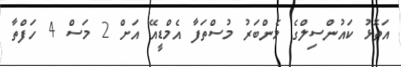
އަތޮޅު ކައުންސިލްގެ މެންބަރު މުސްތަފާ އެމްޑީއޭ އަށް 2 މަސް 4 ހަފްތާ